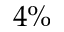
4 \%